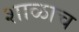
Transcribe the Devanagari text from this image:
शाळाच